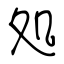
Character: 処